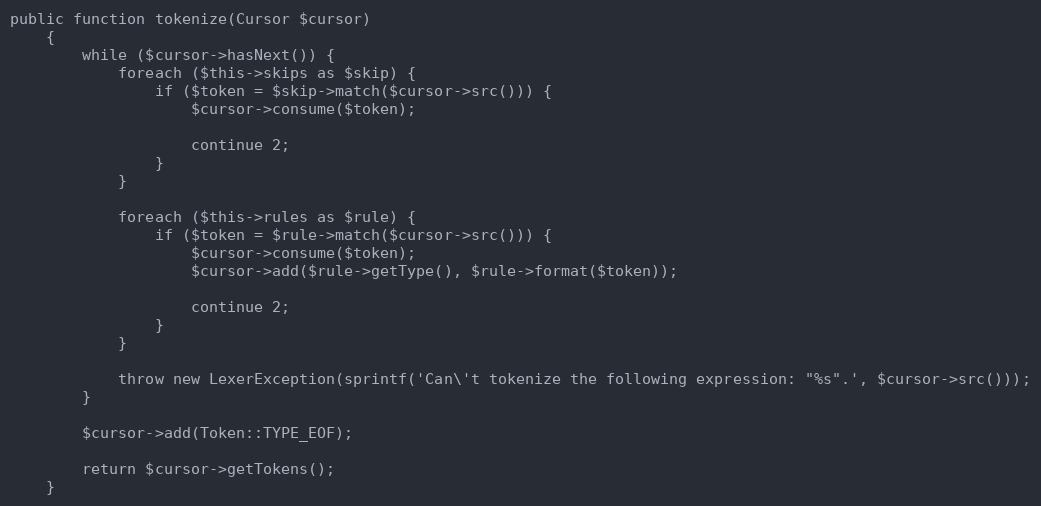
Language: PHP
public function tokenize(Cursor $cursor)
    {
        while ($cursor->hasNext()) {
            foreach ($this->skips as $skip) {
                if ($token = $skip->match($cursor->src())) {
                    $cursor->consume($token);

                    continue 2;
                }
            }

            foreach ($this->rules as $rule) {
                if ($token = $rule->match($cursor->src())) {
                    $cursor->consume($token);
                    $cursor->add($rule->getType(), $rule->format($token));

                    continue 2;
                }
            }

            throw new LexerException(sprintf('Can\'t tokenize the following expression: "%s".', $cursor->src()));
        }

        $cursor->add(Token::TYPE_EOF);

        return $cursor->getTokens();
    }